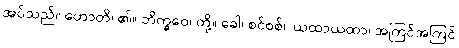
အပ်သည်။ ဟောတိ၊ ၏။ ဘိက္ခဝေ၊ တို့။ ခေါ၊ စင်စစ်။ ယထာယထာ၊ အကြင်အကြင်